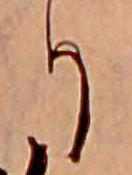
り